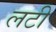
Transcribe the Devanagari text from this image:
लटी